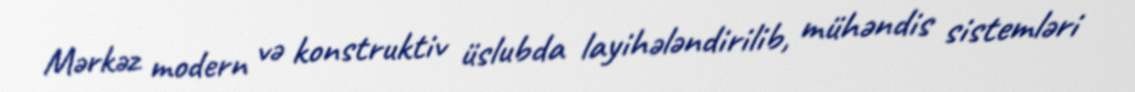
Mərkəz modern və konstruktiv üslubda layihələndirilib, mühəndis sistemləri